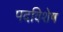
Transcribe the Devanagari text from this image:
पदविशेष